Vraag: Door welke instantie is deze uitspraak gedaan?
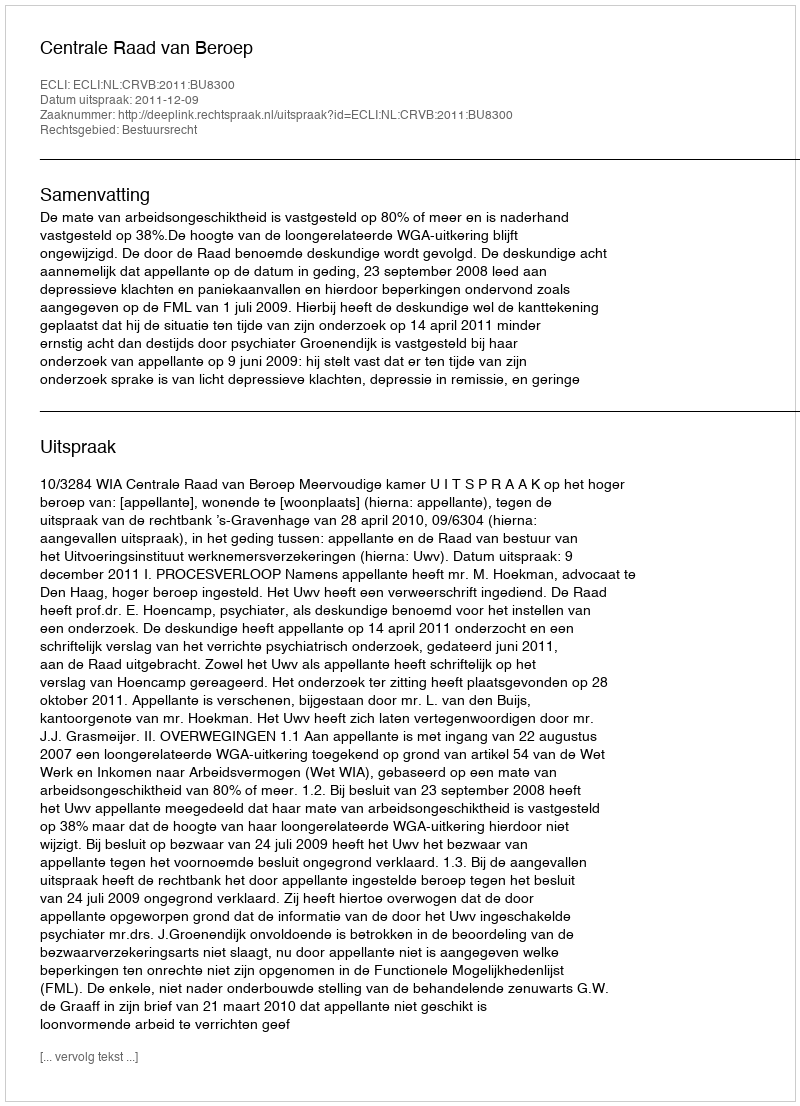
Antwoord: Centrale Raad van Beroep